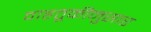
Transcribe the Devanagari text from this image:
वाहतूकीनुसार